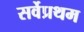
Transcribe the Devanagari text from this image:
सर्वेप्रथम